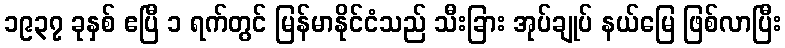
၁၉၃၇ ခုနှစ် ဧပြီ ၁ ရက်တွင် မြန်မာနိုင်ငံသည် သီးခြား အုပ်ချုပ် နယ်မြေ ဖြစ်လာပြီး